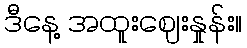
ဒီနေ့ အထူးဈေးနှုန်း။